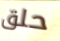
حلق